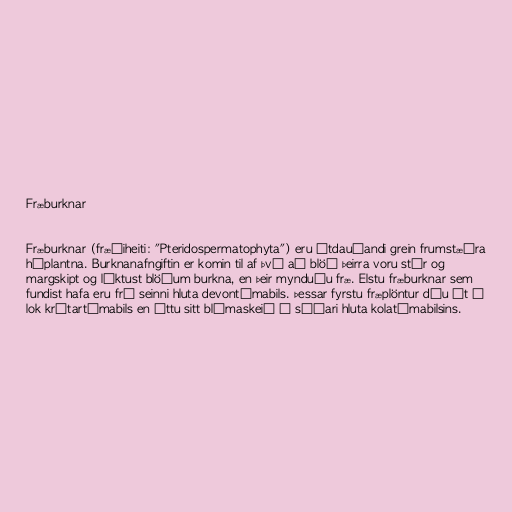
Fræburknar

Fræburknar (fræðiheiti: "Pteridospermatophyta") eru útdauðandi grein frumstæðra
háplantna. Burknanafngiftin er komin til af því að blöð þeirra voru stór og
margskipt og líktust blöðum burkna, en þeir mynduðu fræ. Elstu fræburknar sem
fundist hafa eru frá seinni hluta devontímabils. Þessar fyrstu fræplöntur dóu út í
lok krítartímabils en áttu sitt blómaskeið á síðari hluta kolatímabilsins.